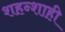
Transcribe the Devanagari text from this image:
शहन्शाही